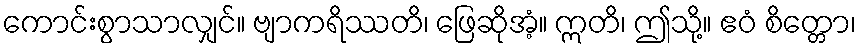
ကောင်းစွာသာလျှင်။ ဗျာကရိဿတိ၊ ဖြေဆိုအံ့။ ဣတိ၊ ဤသို့။ ဧဝံ စိတ္တော၊